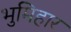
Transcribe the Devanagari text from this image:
भुमिहार